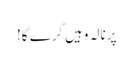
پرنالہ وہیں گرے گا!